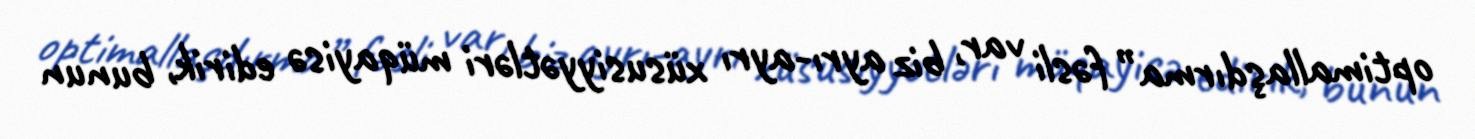
optimallaşdırma” fəsli var, biz ayrı-ayrı xüsusiyyətləri müqayisə edirik, bunun